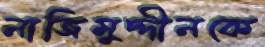
নাজিমুদ্দীনকে